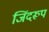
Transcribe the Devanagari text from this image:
जिंदरूप